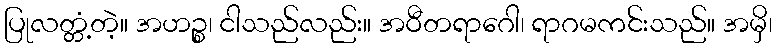
ပြုလတ္တံ့တဲ့။ အဟဉ္စ၊ ငါသည်လည်း။ အဝီတရာဂေါ၊ ရာဂမကင်းသည်။ အမှိ၊